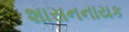
શાસનનાયક